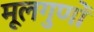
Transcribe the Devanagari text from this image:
मूलगुणों